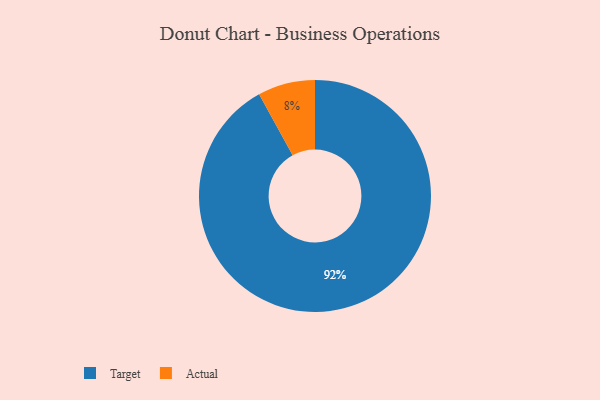
{"axis": {"x": "Category", "y": "Percentage"}, "legend": ["Actual", "Target"], "data": [{"x": "Actual", "y": 8, "type": "Actual"}, {"x": "Target", "y": 92, "type": "Target"}]}